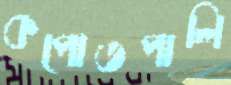
কপোতপালি